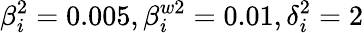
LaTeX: \beta_{i}^{2}=0.005,\beta_{i}^{w2}=0.01,\delta_{i}^{2}=2